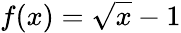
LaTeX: f(x)=\sqrt{x}-1